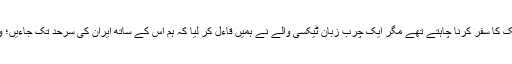
ہم بس سے لنکاران سے آستارا تک کا سفر کرنا چاہتے تھے مگر ایک چرب زبان ٹیکسی والے نے ہمیں قاءل کر لیا کہ ہم اس کے ساتھ ایران کی سرحد تک جاءیں؛ وہ اس سفر کے دس منات لے گا۔